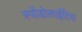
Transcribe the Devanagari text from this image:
स्पोंडोलाईटिस